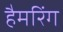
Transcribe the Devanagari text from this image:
हैमरिंग